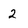
Character: 2